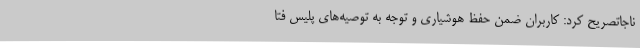
ناجاتصریح کرد: کاربران ضمن حفظ هوشیاری و توجه به توصیه‌های پلیس فتا